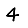
Digit: 4